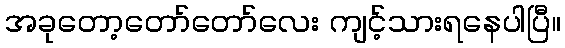
အခုတော့တော်တော်လေး ကျင့်သားရနေပါပြီ။